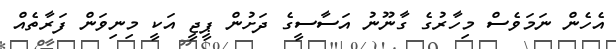
އެހެން ނަމަވެސް މިހާރުގެ ގާނޫނު އަސާސީގެ ދަށުން ޕީޖީ އަކީ މިނިވަން ފަރާތެއް